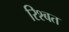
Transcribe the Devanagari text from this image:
रिश्बत